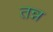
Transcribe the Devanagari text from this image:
तन्न